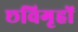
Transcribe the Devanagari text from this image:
छविगृहों